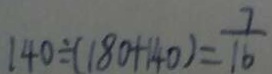
1 4 0 \div ( 1 8 0 + 1 4 0 ) = \frac { 7 } { 1 6 }